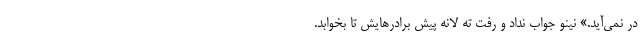
در نمی‌آید.» نینو جواب نداد و رفت ته لانه پیش برادرهایش تا بخوابد.